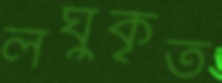
লঘুকৃত